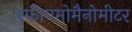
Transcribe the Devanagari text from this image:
स्फीगमोमैनोमीटर